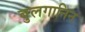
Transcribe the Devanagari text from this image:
बुलगानिन